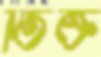
তিক্ত